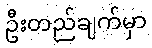
ဦးတည်ချက်မှာ